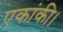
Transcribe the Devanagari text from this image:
एकांकी।